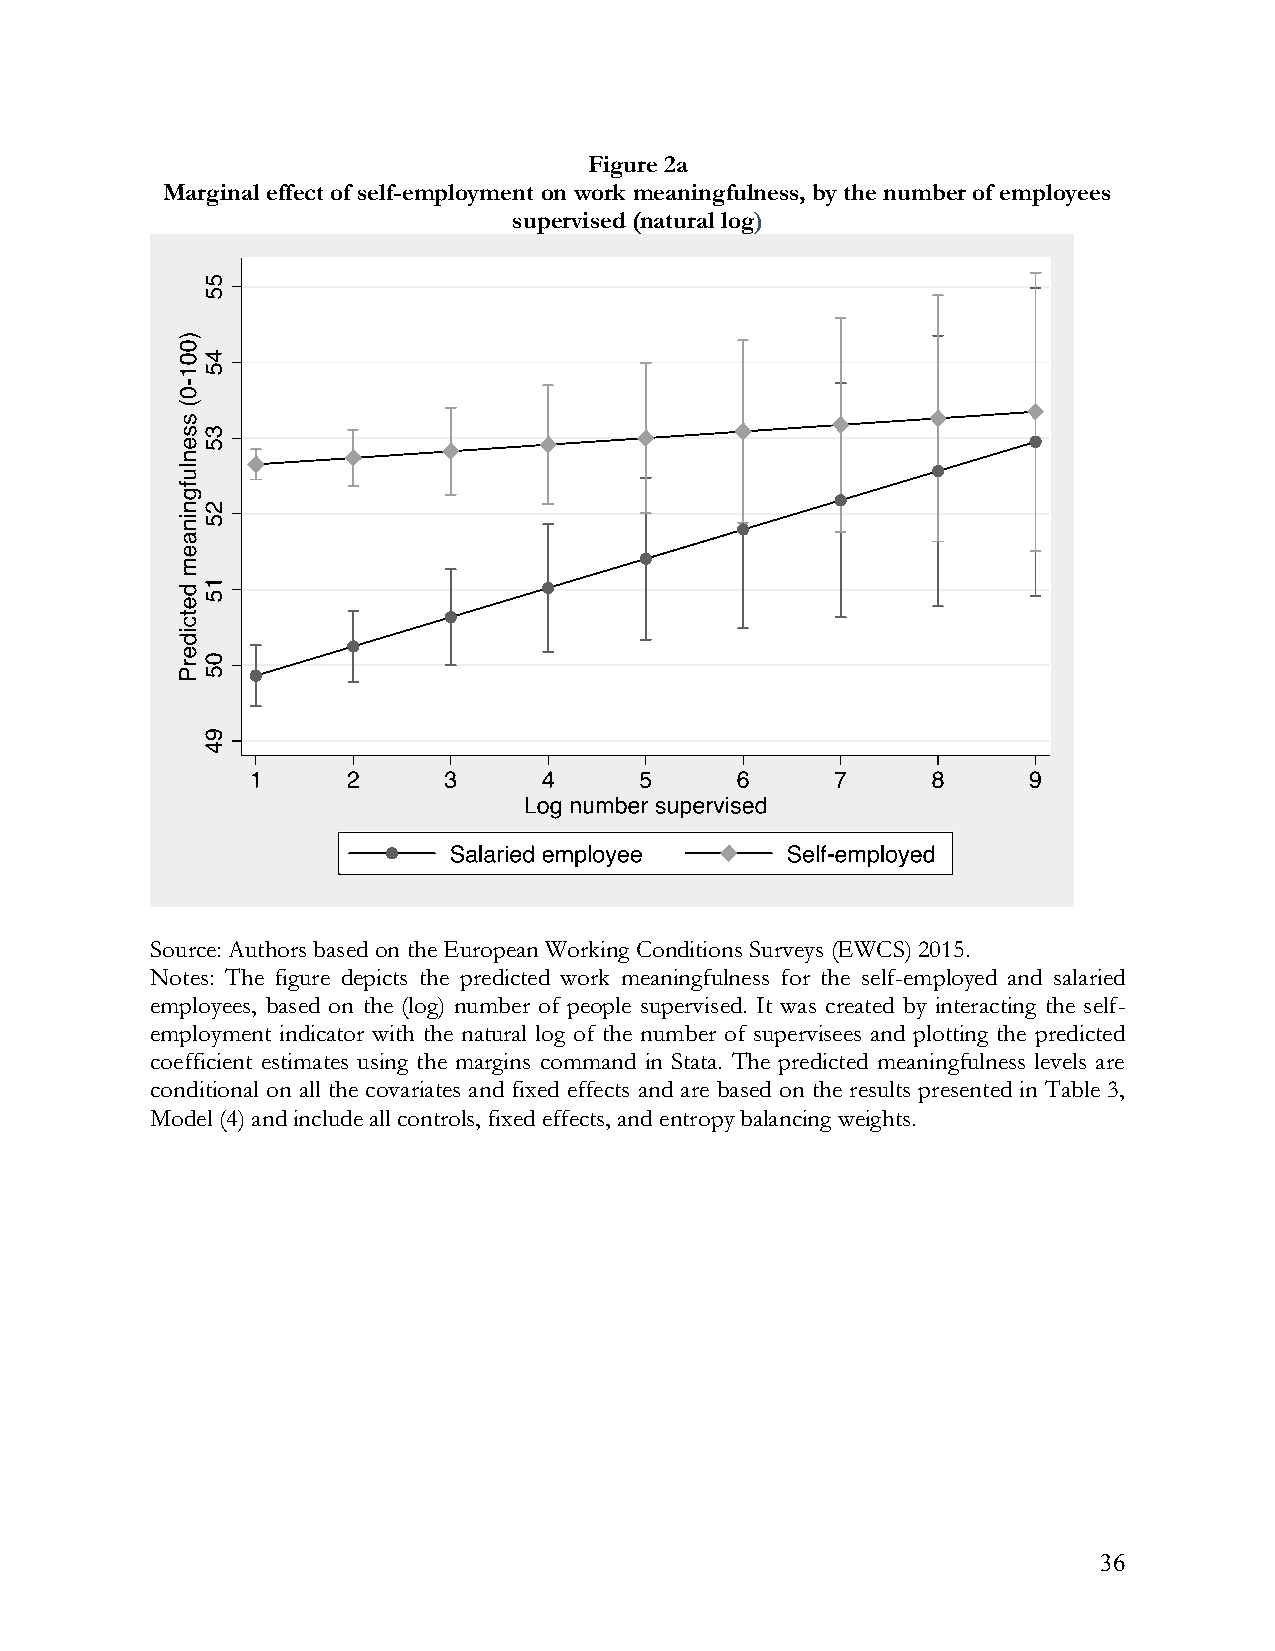
Figure 2a
 Marginal effect of self-employment on work meaningfulness, by the number of employees
 supervised (natural log)
 Source: Authors based on the European Working Conditions Surveys (EWCS) 2015.
 Notes: The figure depicts the predicted work meaningfulness for the self-employed and salaried
 employees, based on the (log) number of people supervised. It was created by interacting the self-
 employment indicator with the natural log of the number of supervisees and plotting the predicted
 coefficient estimates using the margins command in Stata. The predicted meaningfulness levels are
 conditional on all the covariates and fixed effects and are based on the results presented in Table 3,
 Model (4) and include all controls, fixed effects, and entropy balancing weights.
 36